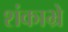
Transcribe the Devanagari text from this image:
शंकाभ्रे